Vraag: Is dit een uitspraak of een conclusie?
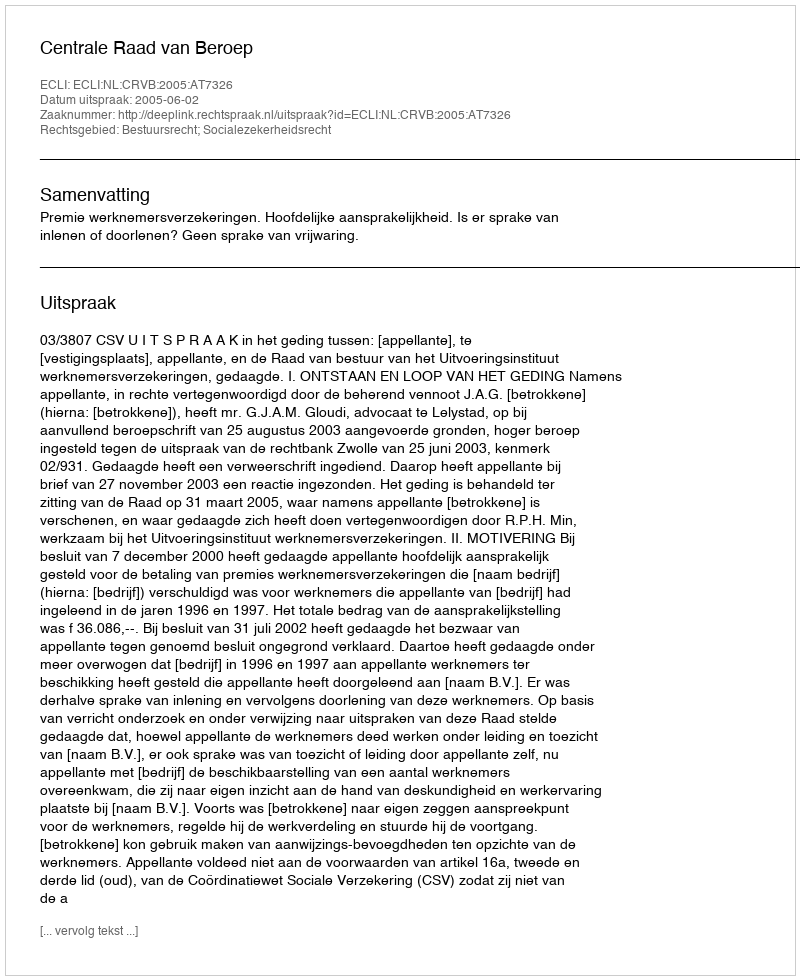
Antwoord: Uitspraak